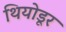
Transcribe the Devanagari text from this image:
थियोडूर